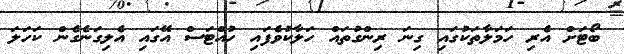
ބޯޓަށް އެރި ހަމަލާތަކުގައި ގިނަ ރިންގުތައް ހަލާކުވެފައި ހުއްޓަސް އޭގައި އެލިގަނެގެން ކަހަލަ